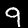
Digit: 9